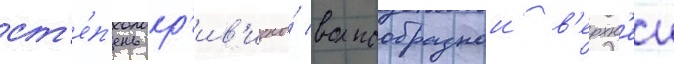
ст'е́п'ень кр'ив'изны́ волнообразнои в'ерхн'еи